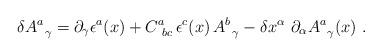
LaTeX: \begin{align*}\delta A^a_{\,\ \gamma} = \partial_{\gamma} \epsilon^a (x) + C^a_{\ bc}\, \epsilon^c (x)\, A^b_{\,\ \gamma}- \delta x^{\alpha}\ \partial_{\alpha} A^a_{\,\ \gamma} (x)\ .\end{align*}